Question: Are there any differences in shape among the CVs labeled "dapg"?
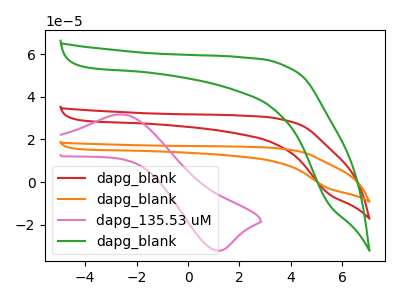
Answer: <think>The red curve "dapg_blank" has no peaks. The orange curve "dapg_blank" has no peaks. The pink curve "dapg_135.53 uM" has an anodic peak at (-2.65V, 31.75uA) and a cathodic peak at (1.15V, -32.10uA). The green curve "dapg_blank" has no peaks.
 Neither "dapg_blank" or "dapg_blank" have any peaks. "dapg_blank" and "dapg_135.53 uM" have a different number of peaks. Neither "dapg_blank" or "dapg_blank" have any peaks. "dapg_blank" and "dapg_135.53 uM" have a different number of peaks. Neither "dapg_blank" or "dapg_blank" have any peaks. "dapg_135.53 uM" and "dapg_blank" have a different number of peaks.</think>
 <answer>All the CV's of "dapg" have similar shape.</answer>
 <eval>follow_rule</eval>